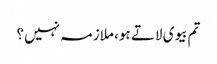
تم بیوی لاتے ہو، ملازمہ نہیں؟